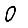
Digit: 0